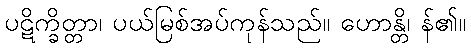
ပဋိက္ခိတ္တာ၊ ပယ်မြစ်အပ်ကုန်သည်။ ဟောန္တိ၊ န်၏။